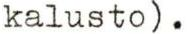
kalusto).